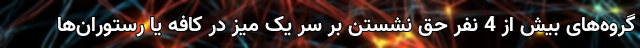
گروه‌های بیش از 4 نفر حق نشستن بر سر یک میز در کافه یا رستوران‌ها